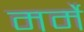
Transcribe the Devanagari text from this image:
मर्मे